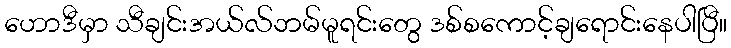
ဟောဒီမှာ သီချင်းအယ်လ်ဘမ်မူရင်းတွေ ဒစ်စကောင့်ချရောင်းနေပါပြီ။